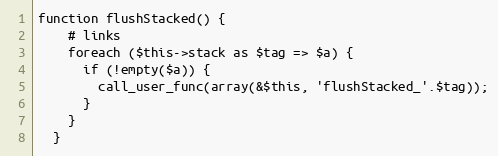
Language: PHP
function flushStacked() {
    # links
    foreach ($this->stack as $tag => $a) {
      if (!empty($a)) {
        call_user_func(array(&$this, 'flushStacked_'.$tag));
      }
    }
  }